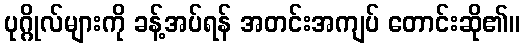
ပုဂ္ဂိုလ်များကို ခန့်အပ်ရန် အတင်းအကျပ် တောင်းဆို၏။